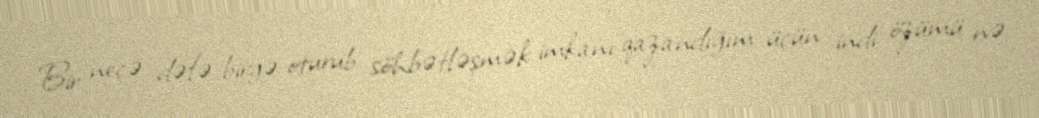
Bir neçə dəfə birgə oturub söhbətləşmək imkanı qazandığım üçün indi özümü nə